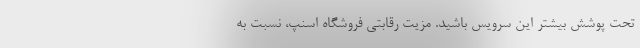
تحت پوشش بیشتر این سرویس باشید. مزیت رقابتی فروشگاه اسنپ، نسبت به